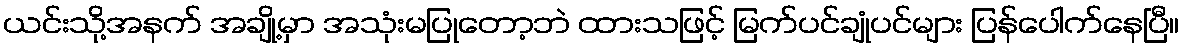
ယင်းသို့အနက် အချို့မှာ အသုံးမပြုတော့ဘဲ ထားသဖြင့် မြက်ပင်ချုံပင်များ ပြန်ပေါက်နေပြီ။